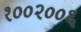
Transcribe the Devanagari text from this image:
१००२००६